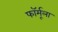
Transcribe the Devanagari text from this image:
फाॅर्मूला